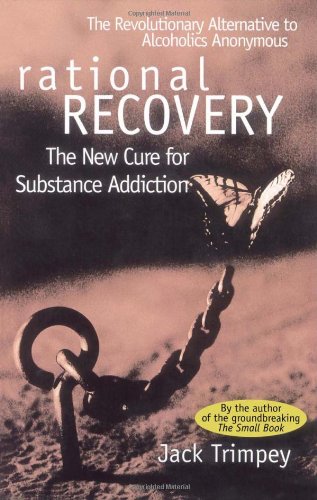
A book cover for Rational Recovery: The New Cure for Substance Addiction; Jack Trimpey; Literature & Fiction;